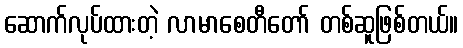
ဆောက်လုပ်ထားတဲ့ လာမာစေတီတော် တစ်ဆူဖြစ်တယ်။